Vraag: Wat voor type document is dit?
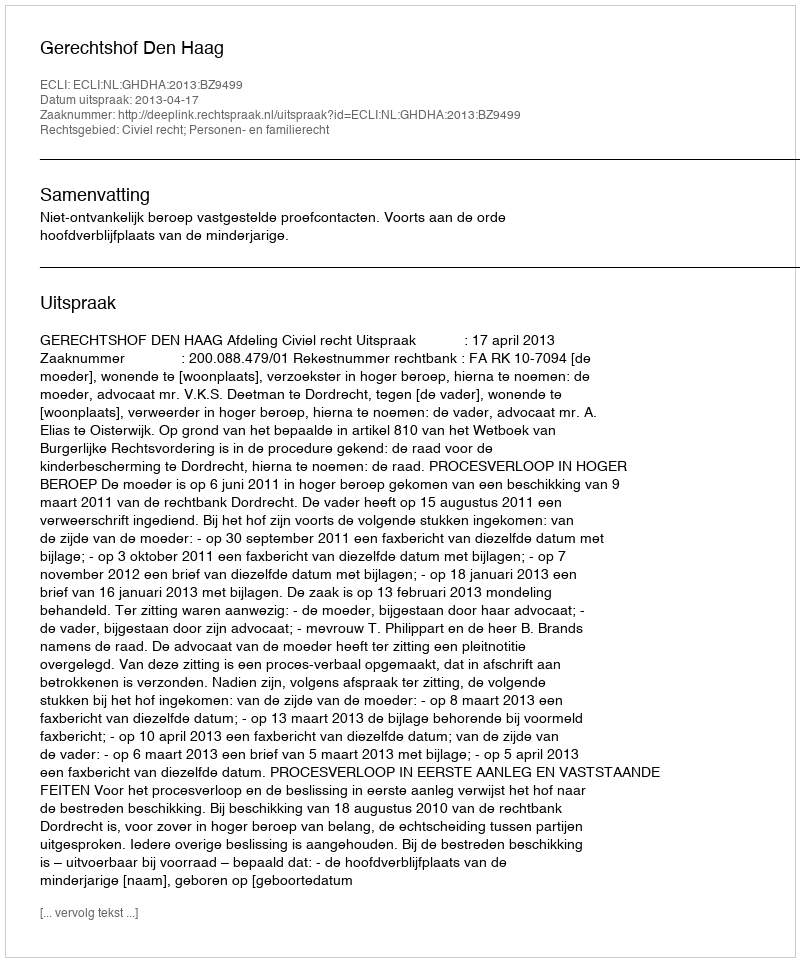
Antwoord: Uitspraak